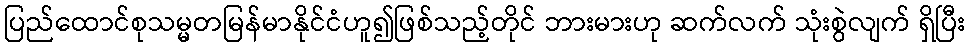
ပြည်ထောင်စုသမ္မတမြန်မာနိုင်ငံဟူ၍ဖြစ်သည့်တိုင် ဘားမားဟု ဆက်လက် သုံးစွဲလျက် ရှိပြီး